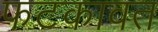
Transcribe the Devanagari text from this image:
फटकावत